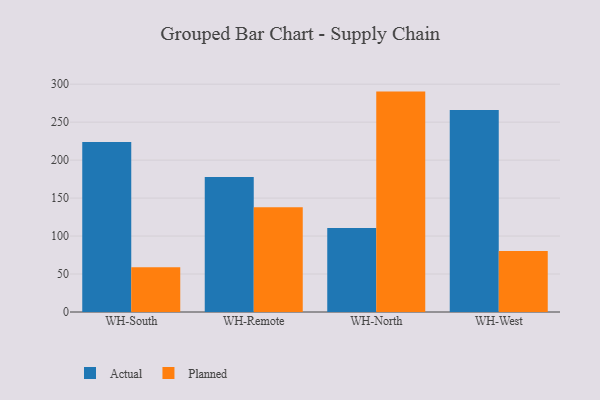
{"axis": {"x": "Warehouse", "y": "Temperature (°C)"}, "legend": ["Actual", "Planned"], "data": [{"x": "WH-South", "y": 223.8, "type": "Actual"}, {"x": "WH-South", "y": 59.0, "type": "Planned"}, {"x": "WH-Remote", "y": 177.7, "type": "Actual"}, {"x": "WH-Remote", "y": 138.0, "type": "Planned"}, {"x": "WH-North", "y": 110.5, "type": "Actual"}, {"x": "WH-North", "y": 290.2, "type": "Planned"}, {"x": "WH-West", "y": 266.1, "type": "Actual"}, {"x": "WH-West", "y": 80.2, "type": "Planned"}]}